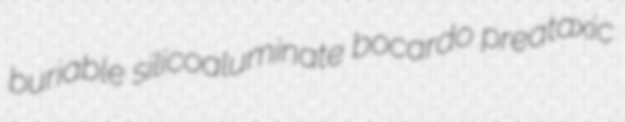
buriable silicoaluminate bocardo preataxic